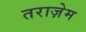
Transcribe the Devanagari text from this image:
तराज़ेम